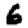
Digit: 6